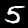
Digit: 5